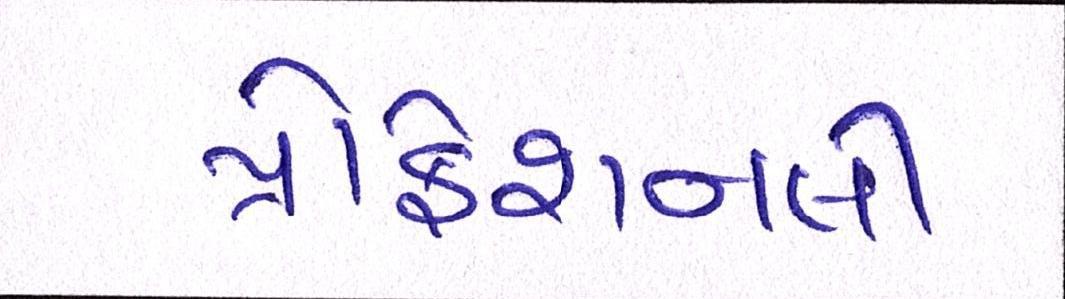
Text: પ્રોફેશનલી